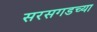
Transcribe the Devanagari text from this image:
सरसगडच्या